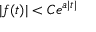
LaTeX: \vert f ( t ) \vert < C e ^ { a \vert t \vert }